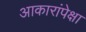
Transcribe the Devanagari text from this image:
आकारांपेक्षा